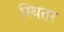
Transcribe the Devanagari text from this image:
स्थितर